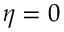
\eta = 0